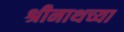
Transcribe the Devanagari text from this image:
श्रीनाथच्या